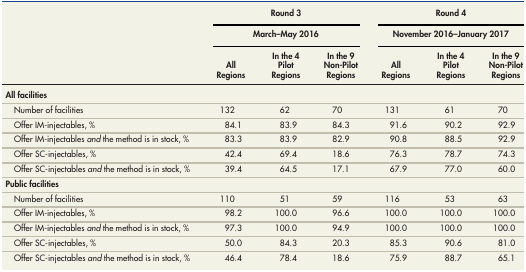
| <ROWSPAN=3>  | <COLSPAN=3> Round 3 | <COLSPAN=3> Round 4 |
 | <COLSPAN=3> March–May 2016 | <COLSPAN=3> November 2016–January 2017 |
 | All Regions | In the 4 Pilot Regions | In the 9 Non-Pilot Regions | All Regions | In the 4 Pilot Regions | In the 9 Non-Pilot Regions |
 | --- | --- | --- | --- | --- | --- | --- |
 | All facilities |  |  |  |  |  |  |
 | Number of facilities | 132 | 62 | 70 | 131 | 61 | 70 |
 | Offer IM-injectables, % | 84.1 | 83.9 | 84.3 | 91.6 | 90.2 | 92.9 |
 | Offer IM-injectables and the method is in stock, % | 83.3 | 83.9 | 82.9 | 90.8 | 88.5 | 92.9 |
 | Offer SC-injectables, % | 42.4 | 69.4 | 18.6 | 76.3 | 78.7 | 74.3 |
 | Offer SC-injectables and the method is in stock, % | 39.4 | 64.5 | 17.1 | 67.9 | 77.0 | 60.0 |
 | Public facilities |  |  |  |  |  |  |
 | Number of facilities | 110 | 51 | 59 | 116 | 53 | 63 |
 | Offer IM-injectables, % | 98.2 | 100.0 | 96.6 | 100.0 | 100.0 | 100.0 |
 | Offer IM-injectables and the method is in stock, % | 97.3 | 100.0 | 94.9 | 100.0 | 100.0 | 100.0 |
 | Offer SC-injectables, % | 50.0 | 84.3 | 20.3 | 85.3 | 90.6 | 81.0 |
 | Offer SC-injectables and the method is in stock, % | 46.4 | 78.4 | 18.6 | 75.9 | 88.7 | 65.1 |